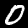
Label: 0